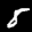
Label: 8